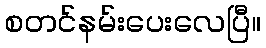
စတင်နမ်းပေးလေပြီ။